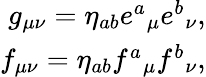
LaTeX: \begin{array}{r}{g_{\mu\nu}=\eta_{ab}e^{a}{}_{\mu}e^{b}{}_{\nu},}\\ {f_{\mu\nu}=\eta_{ab}f^{a}{}_{\mu}f^{b}{}_{\nu},}\end{array}